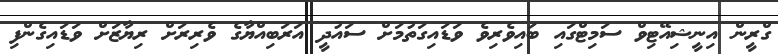
ގްރީން އިނީޝިއޭޓިވް ސަމިޓްގައި ބައިވެރިވެ ވަޑައިގަތުމަށް ސައުދީ އަރަބިއްޔާގެ ވެރިރަށް ރިޔާޒަށް ވަޑައިގެންފި